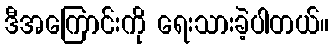
ဒီအကြောင်းကို ရေးသားခဲ့ပါတယ်။